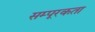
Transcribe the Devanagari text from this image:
सम्पूरकता